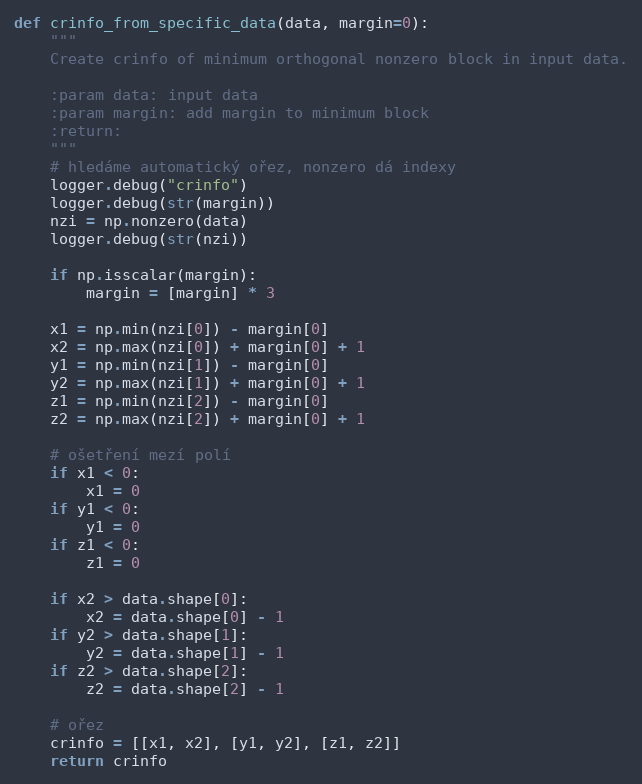
Language: Python
def crinfo_from_specific_data(data, margin=0):
    """
    Create crinfo of minimum orthogonal nonzero block in input data.

    :param data: input data
    :param margin: add margin to minimum block
    :return:
    """
    # hledáme automatický ořez, nonzero dá indexy
    logger.debug("crinfo")
    logger.debug(str(margin))
    nzi = np.nonzero(data)
    logger.debug(str(nzi))

    if np.isscalar(margin):
        margin = [margin] * 3

    x1 = np.min(nzi[0]) - margin[0]
    x2 = np.max(nzi[0]) + margin[0] + 1
    y1 = np.min(nzi[1]) - margin[0]
    y2 = np.max(nzi[1]) + margin[0] + 1
    z1 = np.min(nzi[2]) - margin[0]
    z2 = np.max(nzi[2]) + margin[0] + 1

    # ošetření mezí polí
    if x1 < 0:
        x1 = 0
    if y1 < 0:
        y1 = 0
    if z1 < 0:
        z1 = 0

    if x2 > data.shape[0]:
        x2 = data.shape[0] - 1
    if y2 > data.shape[1]:
        y2 = data.shape[1] - 1
    if z2 > data.shape[2]:
        z2 = data.shape[2] - 1

    # ořez
    crinfo = [[x1, x2], [y1, y2], [z1, z2]]
    return crinfo